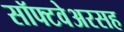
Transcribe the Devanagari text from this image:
सॉफ्टवेअरसह